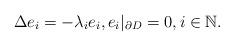
LaTeX: \begin{align*}\Delta e_i=-\lambda_i e_i, e_i|_{\partial D}=0,i\in\mathbb{N}.\end{align*}